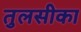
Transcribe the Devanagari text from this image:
तुलसीका